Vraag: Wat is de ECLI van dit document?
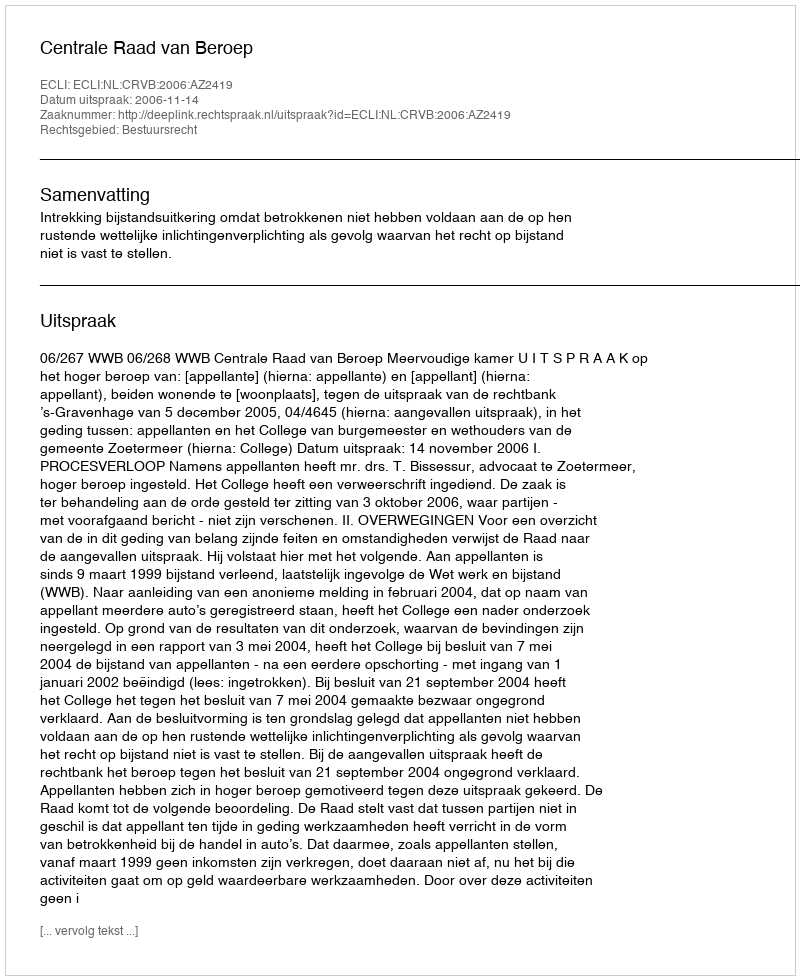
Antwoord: ECLI:NL:CRVB:2006:AZ2419